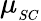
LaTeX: \mu_{_{SC}}